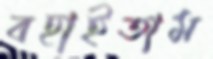
বহাইতাম